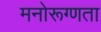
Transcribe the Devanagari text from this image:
मनोरूग्णता